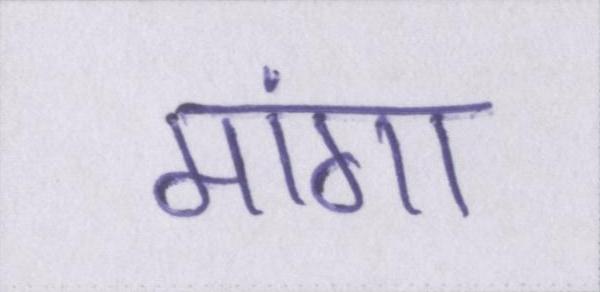
मांगा